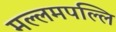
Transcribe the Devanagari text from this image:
मल्लमपल्लि